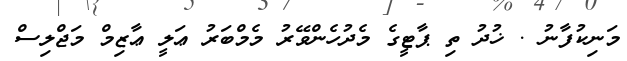
މަނިކުފާނު . ޚުދު ތި ޕާޓީގެ މެދުހެންވޭރު މެމްބަރު ޢަލީ ޢާޒިމް މަޖްލިސް